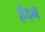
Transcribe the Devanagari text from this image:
हैदन